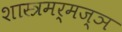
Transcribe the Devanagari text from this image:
शास्त्रमर्मज्ञ